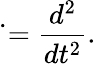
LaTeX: \ddot{}=\frac{d^{2}}{dt^{2}}.